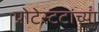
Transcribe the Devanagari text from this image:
प्रोटेस्टंटांच्या